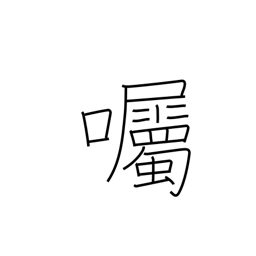
Meaning: send a message